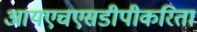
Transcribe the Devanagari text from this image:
आयएचएसडीपीकरिता